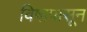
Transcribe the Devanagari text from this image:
विषापासून